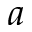
a